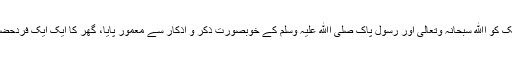
حضرت انس رضی اﷲ عنہ جب آنکھ کھولے تو گھر کی فضا، مہک کو اﷲ سبحانہ وتعالیٰ اور رسول پاک صلی اﷲ علیہ وسلم کے خوبصورت ذکر و اذکار سے معمور پایا، گھر کا ایک ایک فردحضرت محمد مصطفی صلی اﷲ علیہ وسلم کا جاں نثار اور شیدائی تھا۔